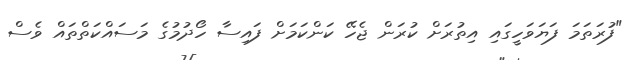
"ފުރަތަމަ ފަޔަވަހީގައި އިތުރަށް ކުރަން ޖެހޭ ކަންކަމަށް ފައިސާ ހޯދުމުގެ މަސައްކަތްތައް ވެސް